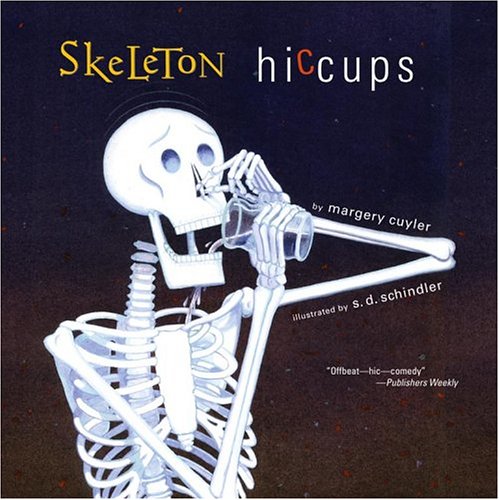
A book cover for Skeleton Hiccups; Margery Cuyler; Children's Books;